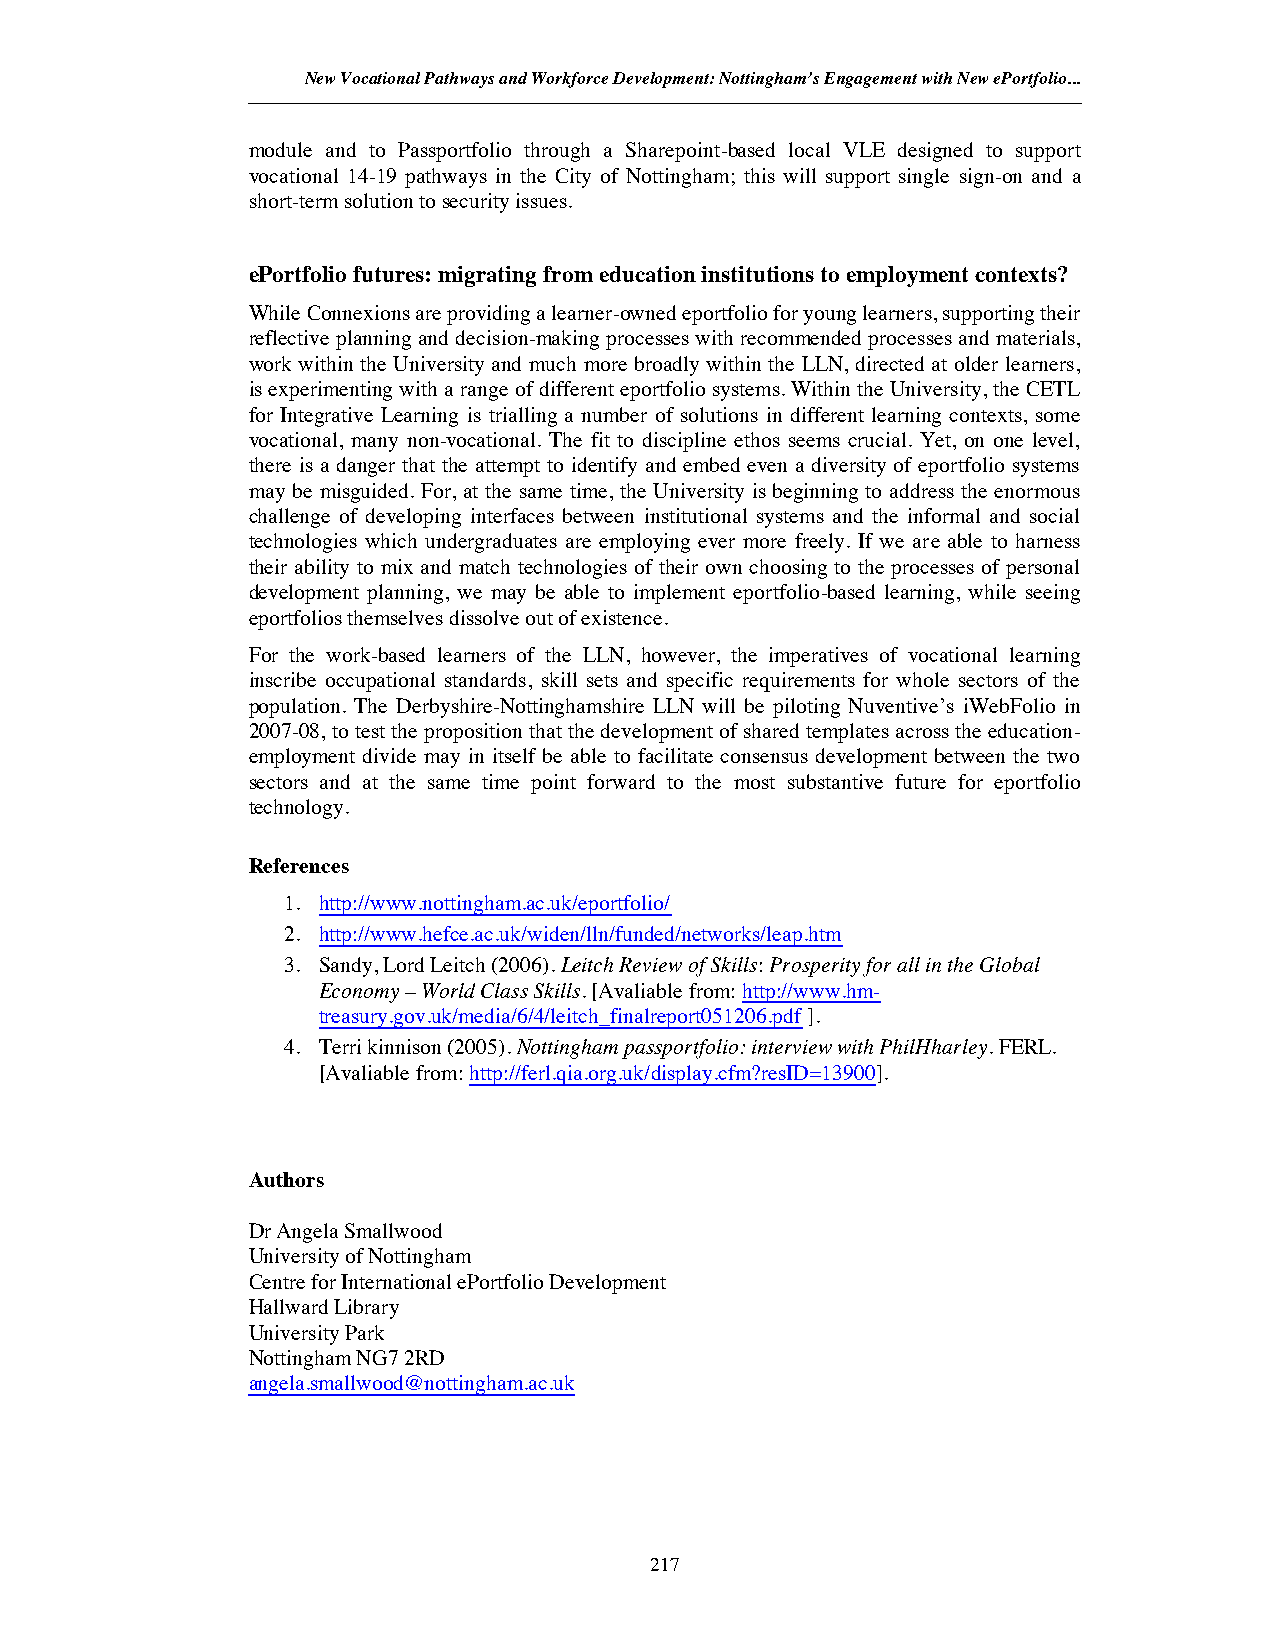
New Vocational Pathways and Workforce Development: Nottingham’s Engagement with New ePortfolio...
 module and to Passportfolio through a Sharepoint-based local VLE designed to support
 vocational 14-19 pathways in the City of Nottingham; this will support single sign-on and a
 short-term solution tosecurity issues.
 ePortfolio futures: migrating from education institutions to employment contexts?
 While Connexions are providing a learner-owned eportfolio for young learners, supporting their
 reflective planning and decision-making processes with recommended processes and materials,
 work within the University and much more broadly within the LLN, directed at older learners,
 is experimenting with a range of different eportfolio systems. Within the University, the CETL
 for Integrative Learning is trialling a number of solutions in different learning contexts, some
 vocational, many non-vocational. The fit to discipline ethos seems crucial. Yet, on one level,
 there is a danger that the attempt to identify and embed even a diversity of eportfolio systems
 may be misguided. For, at the same time, the University is beginning to address the enormous
 challenge of developing interfaces between institutional systems and the informal and social
 technologies which undergraduates are employing ever more freely. If we are able to harness
 their ability to mix and match technologies of their own choosing to the processes of personal
 development planning, we may be able to implement eportfolio-based learning, while seeing
 eportfolios themselves dissolve out of existence.
 For the work-based learners of the LLN, however, the imperatives of vocational learning
 inscribe occupational standards, skill sets and specific requirements for whole sectors of the
 population. The Derbyshire-Nottinghamshire LLN will be piloting Nuventive’s iWebFolio in
 2007-08, to test the proposition that the development of shared templates across the education-
 employment divide may in itself be able to facilitate consensus development between the two
 sectors and at the same time point forward to the most substantive future for eportfolio
 technology.
 References
 1. http://www.nottingham.ac.uk/eportfolio/
 2. http://www.hefce.ac.uk/widen/lln/funded/networks/leap.htm
 3. Sandy, Lord Leitch (2006).Leitch Review of Skills:Prosperity for all in the Global
 Economy– World Class Skills. [Avaliable from:http://www.hm-
 treasury.gov.uk/media/6/4/leitch_finalreport051206.pdf ].
 4. Terri kinnison (2005).Nottingham passportfolio: interview with PhilHharley. FERL.
 [Avaliable from:http://ferl.qia.org.uk/display.cfm?resID=13900].
 Authors
 Dr Angela Smallwood
 University of Nottingham
 Centre for International ePortfolio Development
 Hallward Library
 University Park
 Nottingham NG7 2RD
 angela.smallwood@nottingham.ac.uk
 217